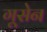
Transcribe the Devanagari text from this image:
गूसेन